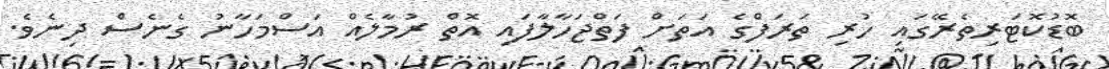
ބޮޑުކޮޓަރިތެރޭގައި ހުރި ތަރަފްގެ އަތަށް ފަތްޖަހާލާފައި އޮތް ރުމާލެއް އަސްމަހާނު ގެނެސް ދިނެވެ.